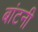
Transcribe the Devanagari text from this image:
बांटनी